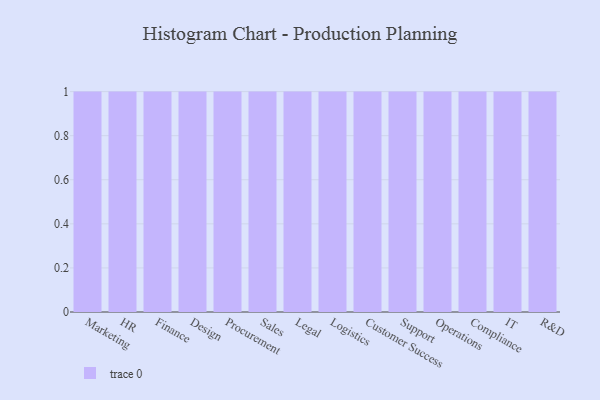
{"axis": {"x": "Department", "y": "Inventory Turnover"}, "legend": [""], "data": [{"x": "Marketing", "y": 51, "type": ""}, {"x": "HR", "y": 90, "type": ""}, {"x": "Finance", "y": 25, "type": ""}, {"x": "Design", "y": 77, "type": ""}, {"x": "Procurement", "y": 100, "type": ""}, {"x": "Sales", "y": 61, "type": ""}, {"x": "Legal", "y": 95, "type": ""}, {"x": "Logistics", "y": 11, "type": ""}, {"x": "Customer Success", "y": 82, "type": ""}, {"x": "Support", "y": 84, "type": ""}, {"x": "Operations", "y": 13, "type": ""}, {"x": "Compliance", "y": 19, "type": ""}, {"x": "IT", "y": 19, "type": ""}, {"x": "R&D", "y": 37, "type": ""}]}